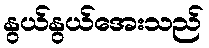
နွယ်နွယ်အေးသည်